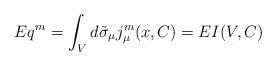
LaTeX: \begin{align*}E q^m = \int_{V} d\tilde{\sigma }_{\mu } j^{m}_{\mu } (x,C)= E I(V,C)\end{align*}